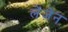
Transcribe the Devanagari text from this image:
लेंज़ेन